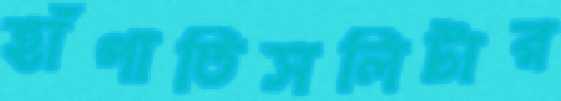
হাঁপাতিসলিটার